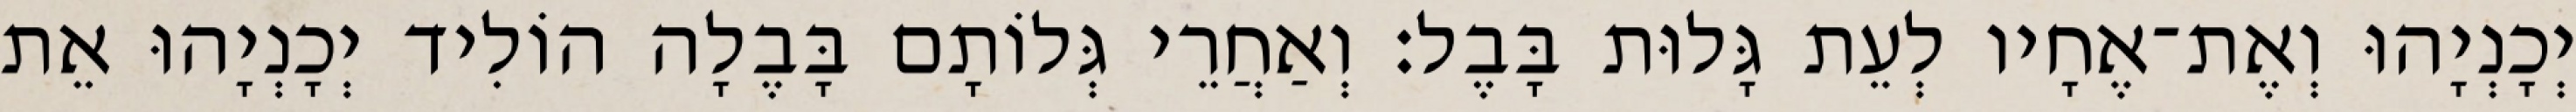
יְכָנְיָהוּ וְאֶת־אֶחָיו לְעֵת גָּלוּת בָּבֶל׃ וְאַחֲרֵי גְּלוֹתָם בָּבֶלָה הוֹלִיד יְכָנְיָהוּ אֵת